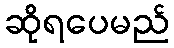
ဆိုရပေမည်